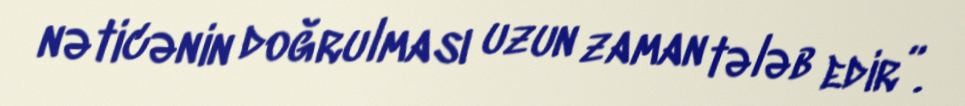
nəticənin doğrulması uzun zaman tələb edir”.